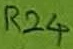
Text: R24